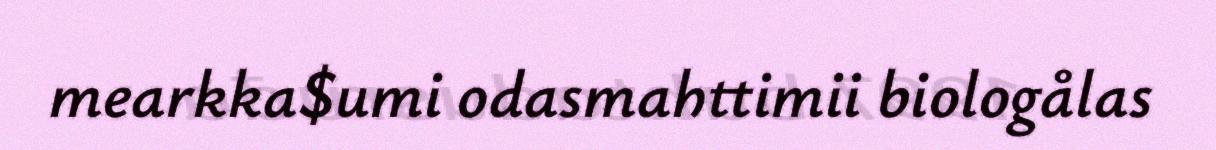
mearkka$umi odasmahttimii biologålas